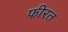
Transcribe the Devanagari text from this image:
फीरत